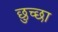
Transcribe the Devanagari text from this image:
छुच्छा